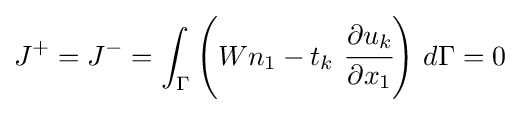
J^{+}=J^{-}=\int _{\Gamma }\left(Wn_{1}-t_{k}~{\cfrac {\partial u_{k}}{\partial x_{1}}}\right)\,d\Gamma =0